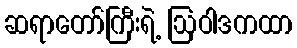
ဆရာတော်ကြီးရဲ့ ဩဝါဒကထာ